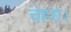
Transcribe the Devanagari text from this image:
चेहरा।